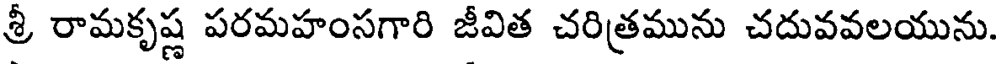
శ్రీ రామకృష్ణ పరమహంసగారి జీవిత చరిత్రమును చదువవలయును.